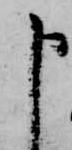
申